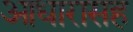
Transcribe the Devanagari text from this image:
आधारासह